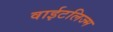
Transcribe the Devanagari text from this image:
वाईटलिज्म